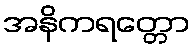
အနိကရတ္တော